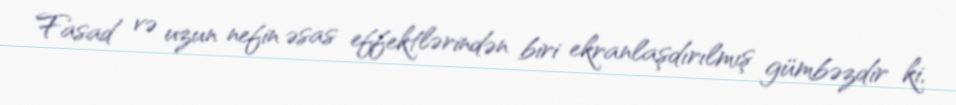
Fasad və uzun nefin əsas effektlərindən biri ekranlaşdırılmış gümbəzdir ki,